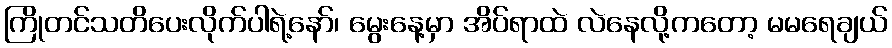
ကြိုတင်သတိပေးလိုက်ပါရဲ့နော်၊ မွေးနေ့မှာ အိပ်ရာထဲ လဲနေလို့ကတော့ မမရေချယ်